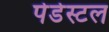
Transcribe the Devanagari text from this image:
पेडेस्टल